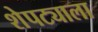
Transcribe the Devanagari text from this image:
शेपट्याला